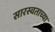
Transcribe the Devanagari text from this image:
सारस्वताच्या